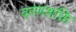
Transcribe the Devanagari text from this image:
वरणशक्ति